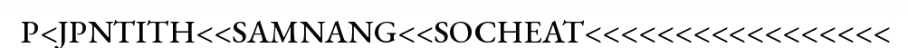
P<JPNTITH<<SAMNANG<<SOCHEAT<<<<<<<<<<<<<<<<<